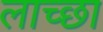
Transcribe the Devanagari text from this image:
लाच्छा